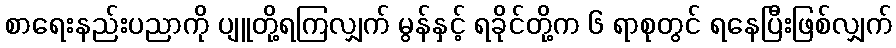
စာရေးနည်းပညာကို ပျူတို့ရကြလျှက် မွန်နှင့် ရခိုင်တို့က ၆ ရာစုတွင် ရနေပြီးဖြစ်လျှက်